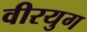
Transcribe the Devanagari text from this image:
वीरयुग